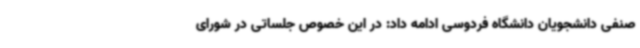
صنفی دانشجویان دانشگاه فردوسی ادامه داد: در این خصوص جلساتی در شورای